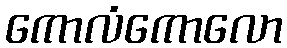
ကောလံကောလော